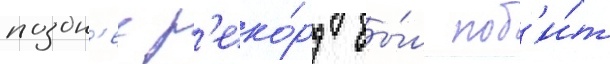
поздн'ее р'еко́рд бы́л поб'и́т